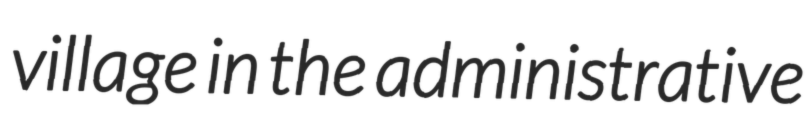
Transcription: village in the administrative